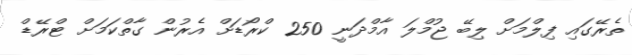
ތެރޭގައި ފިލްމަށް ލިބޭ ޖުމްލަ އާމްދަނީ 250 ކްރޯޑަށް އެރުން ގާތްކަމަށް ޓްރޭޑް